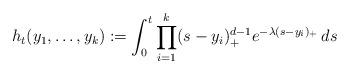
LaTeX: \begin{align*} h_{t}(y_1,\dots,y_k):=\int_{0}^{t}\prod_{i=1}^{k}(s-y_i)_{+}^{d-1}e^{-\lambda(s-y_i)_{+}}\,ds\end{align*}